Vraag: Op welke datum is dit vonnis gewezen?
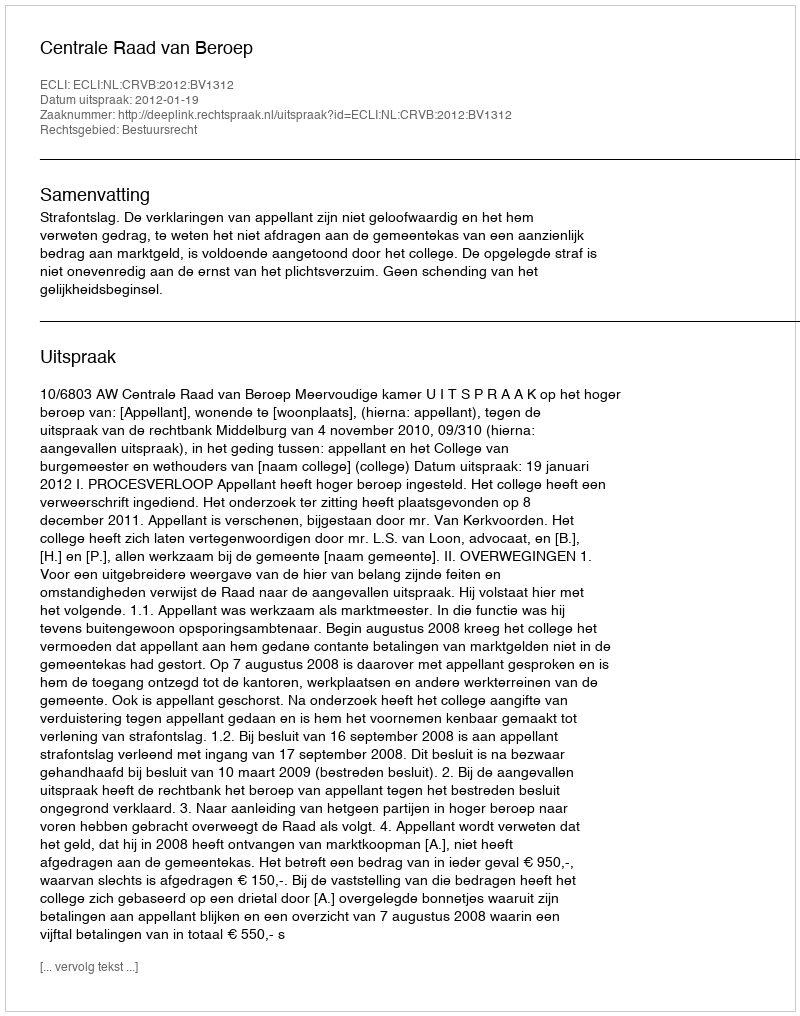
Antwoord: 2012-01-19